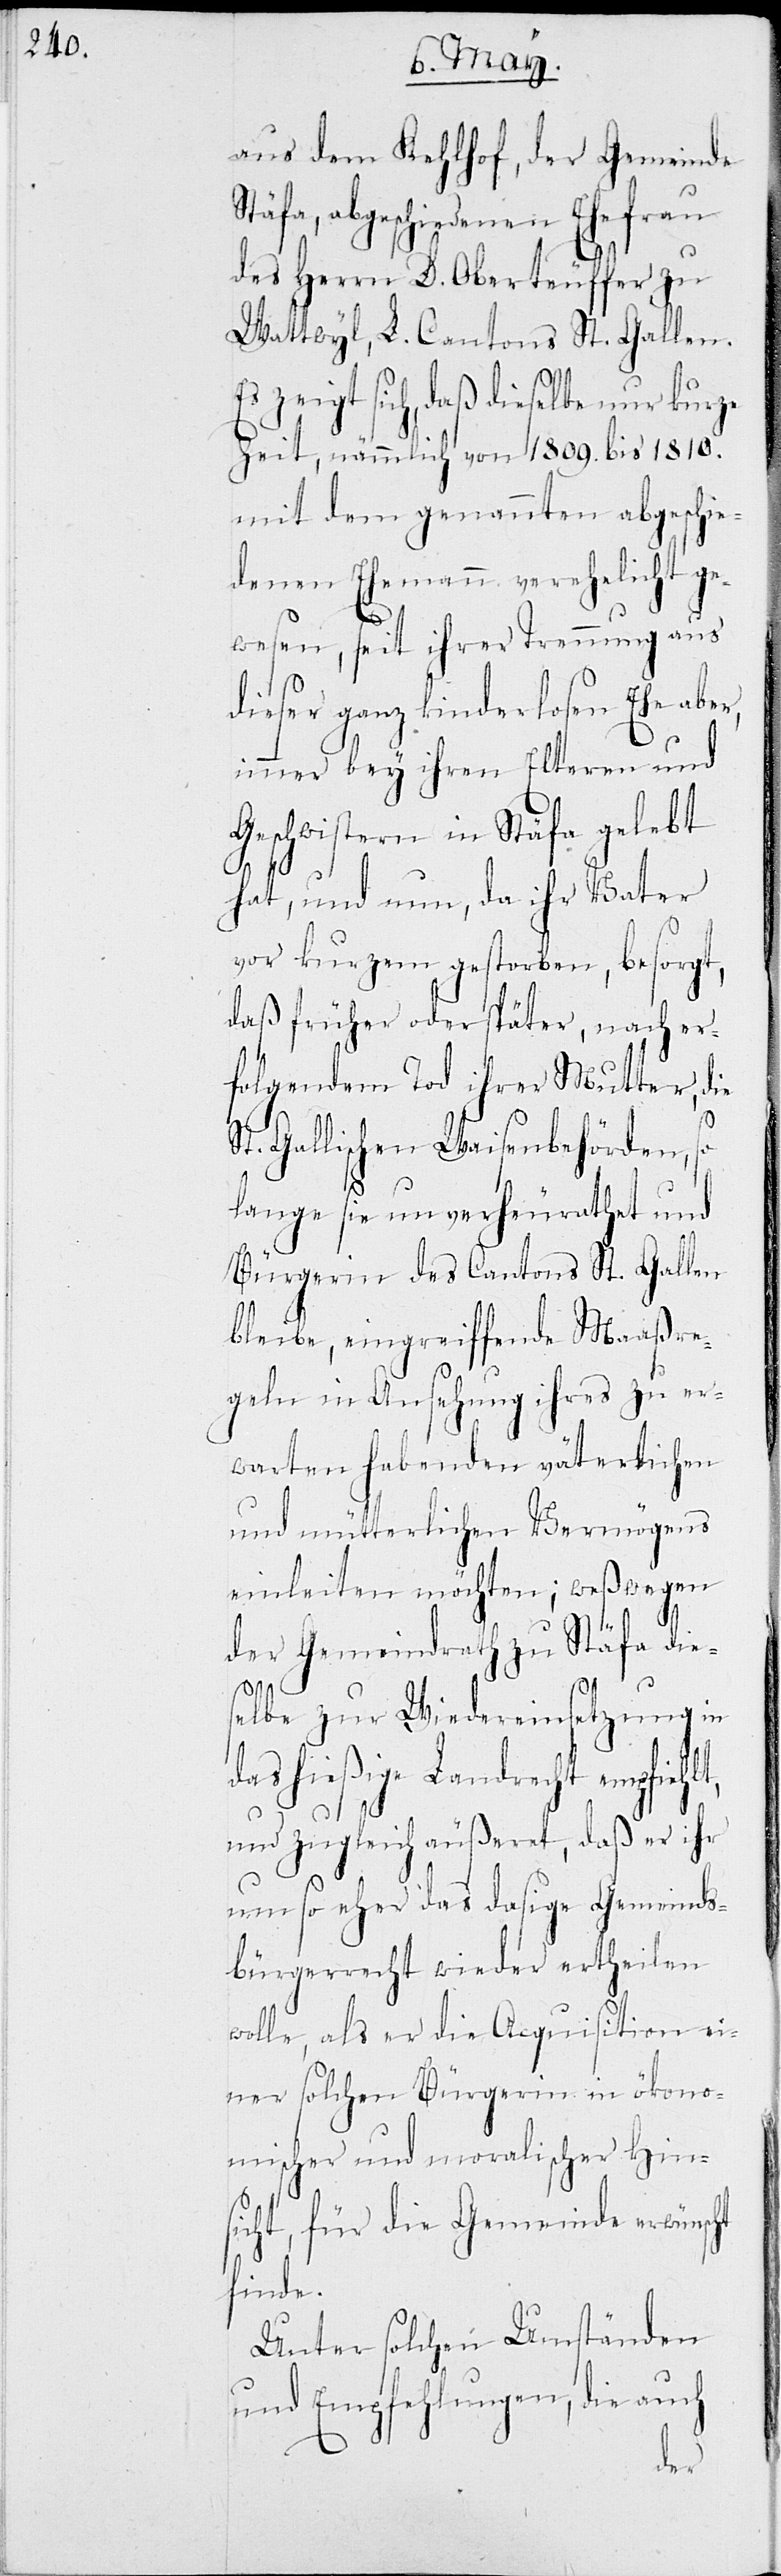
aus dem Kehlhof, der Gemeinde
Stäfa, abgeschiedenen Ehefrau
des Herrn D. Oberteuffer zu
Wattwyl, L. Cantons St. Gallen.
Es zeigt sich, daß dieselbe nur kurze
Zeit, nämmlich von 1809. bis 1810.
mit dem genannten abgeschie¬
denen Ehemann verehelicht ge¬
wesen, seit ihrer Trennung aus
dieser ganz kinderlosen Ehe aber,
immer bey ihren Elteren und
Geschwisteren in Stäfa gelebt
hat, und nun, da ihr Vater
vor kurzem gestorben, besorgt,
daß früher oder später, nach er¬
folgendem Tod ihrer Mutter, die
St. Gallischen Waisenbehörden, so
lange sie unverheurathet und
Bürgerin des Cantons St. Gallen
bleibe, eingreiffende Maaßre¬
geln in Ansehung ihres zu er¬
warten habenden väterlichen
und mütterlichen Vermögens
einleiten möchten; weßwegen
der Gemeindrath zu Stäfa dies¬
elbe zur Wiedereinsetzung in
das hießige Landrecht
und zugleich äußeret, daß er ihr
um so mehr das dasige Gemeinds¬
bürgerrecht wieder ertheilen
wolle, als er die Acquisition ei¬
ökono¬
ner solchen Bürgerin in
mischer und moralischer Hins¬
icht, für die Gemeinde
finde.
Unter solchen Umständen
und Empfehlungen, die auch